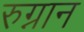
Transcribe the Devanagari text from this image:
रुग्नान